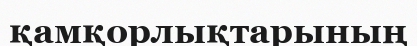
қамқорлықтарының